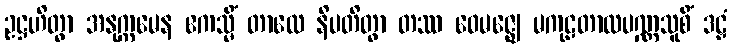
ဥဋ္ဌဟိတွာ အနုက္ကမေန ဧကသ္မိံ တာလေ နိပတိတွာ တဿ ဝေမဇ္ဈေ မကုဠတာလပဏ္ဏသူစိံ ဒဠှံ